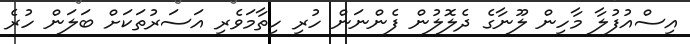
އިސްއުފުލާ މާހިން ލޫނާގެ ދެލޮލުން ފެންނަން ހުރި ހިތާމަވެރި އަސަރުތަކަށް ބަލަން ހުރެ